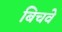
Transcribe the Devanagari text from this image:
बिचवे